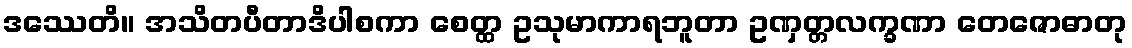
ဒဿေတိ။ အသိတပီတာဒိပါစကာ စေတ္ထ ဥသုမာကာရဘူတာ ဥဏှတ္တလက္ခဏာ တေဇောဓာတု